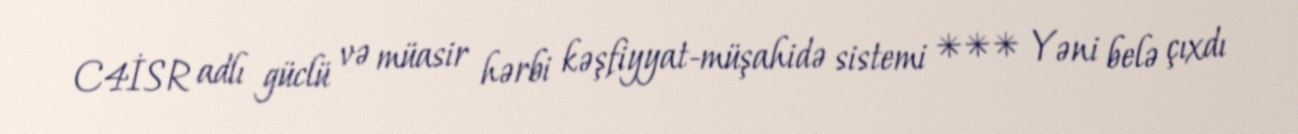
C4İSR adlı güclü və müasir hərbi kəşfiyyat-müşahidə sistemi *** Yəni belə çıxdı